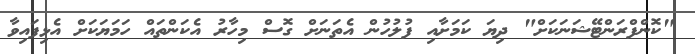
"ކޮންފްރަންޓޭޝަނަކަށް" ދިޔަ ކަމަށާއި ފުލުހުން އެތަނަށް ގޮސް މިހާރު އެކަންތައް ހަމަޔަކަށް އެޅިފައިވާ